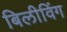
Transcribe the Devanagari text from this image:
बिलीविंग